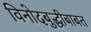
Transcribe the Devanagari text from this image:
विनोदबुद्धीबाबत